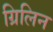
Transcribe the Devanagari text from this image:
ग्रिलिन